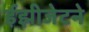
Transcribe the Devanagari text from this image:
ईझीजेटने